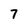
Character: 7